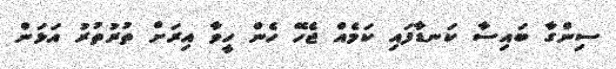
ސިންގާ ބައިސާ ކަނޑާފައި ކަމެއް ޖެހޭ ހެން ހީވާ އިރަށް ތުރުތުރު އަޅަން